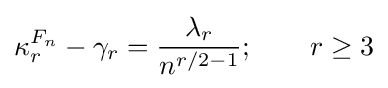
\kappa _{r}^{F_{n}}-\gamma _{r}={\frac {\lambda _{r}}{n^{r/2-1}}};\qquad r\geq 3